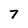
Character: 7